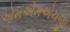
એમએમએચજી